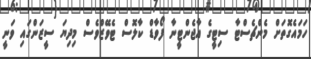
ހަމައެގޮތަށް މެންޗެސްޓާ ސިޓީގެ އާޖެންޓީނާ ފޯވާޑް ކާލޮސް ޓެވޭޒްވެސް މިދިޔަ ސީޒަންގައި ވަނީ